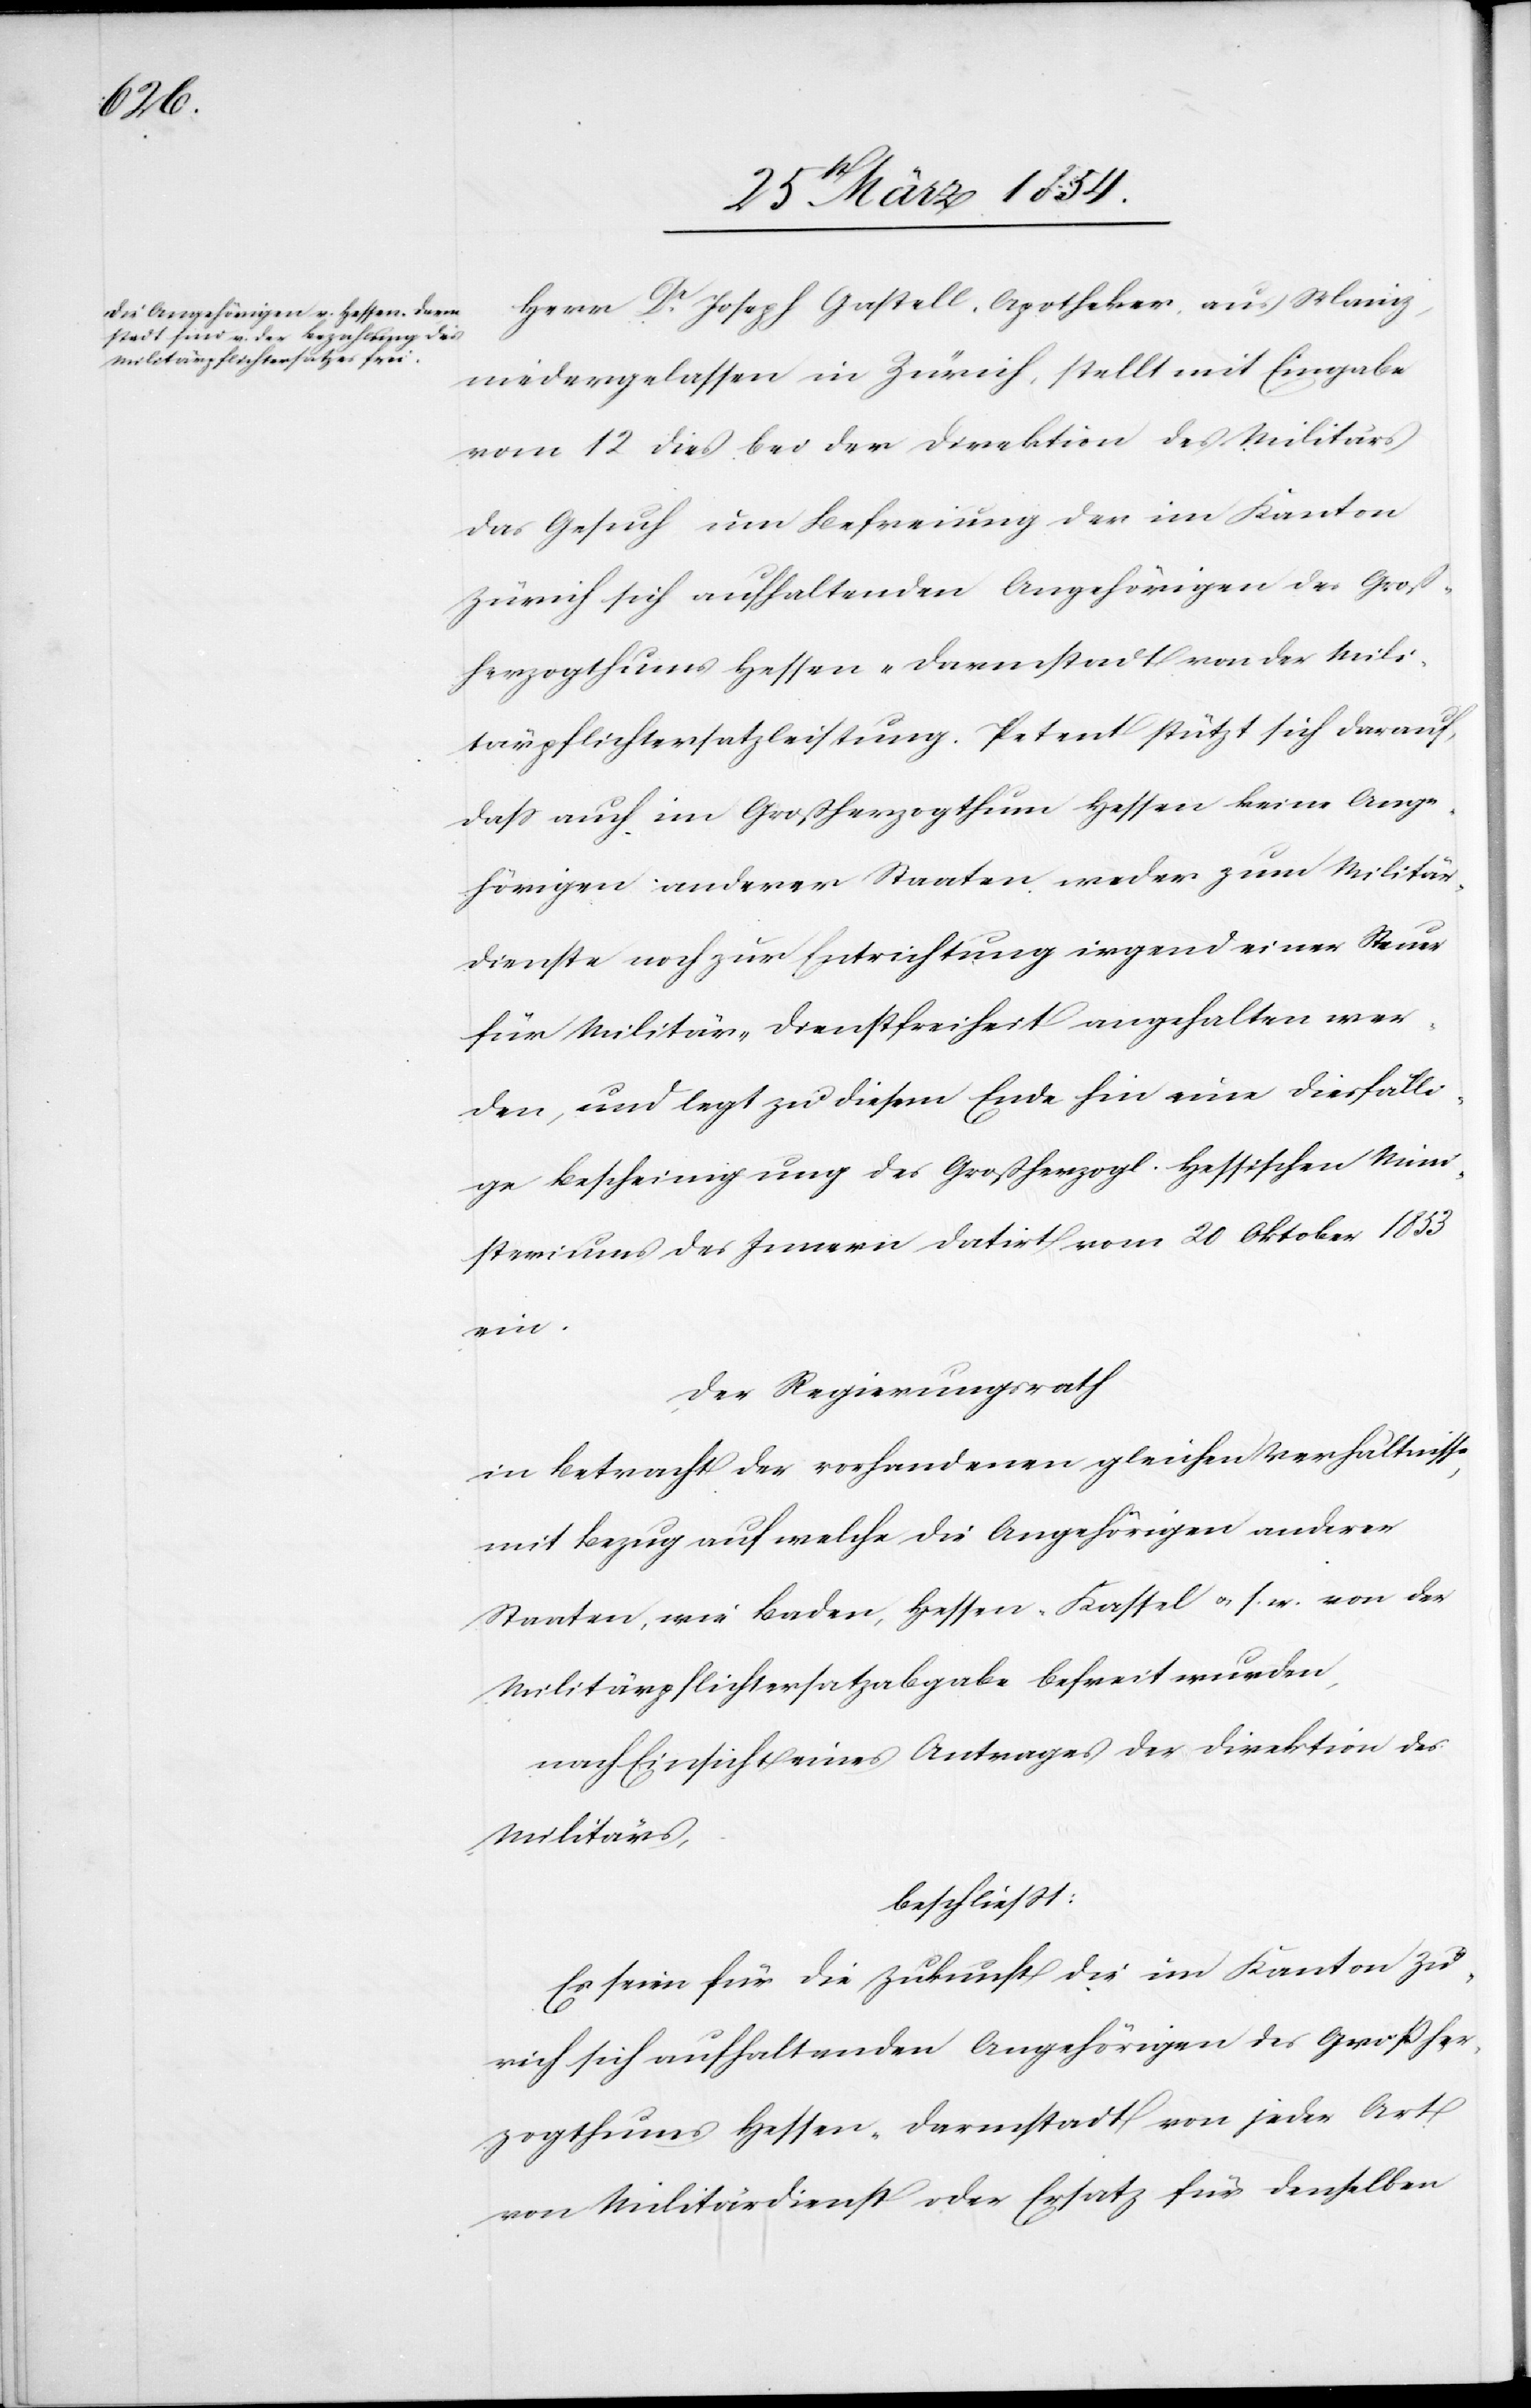
Herr Dr Joseph Gastell, Apotheker aus Manz,
niedergelassen in Zürich, stellt mit Eingabe
vom 12 dieß bei der Direktion des Militärs
das Gesuch um Befreiung der im Kanton
Zürich sich aufhaltenden Angehörigen des Groß¬
herzogthums Hessen-Darmstadt von der Mili¬
tärpflichtersatzleistung. Petent stützt sich darauf,
daß auch im Großherzogthum Hessen keine Ange¬
hörigen anderer Staaten weder zum Militär¬
dienste noch zur Entrichtung irgend einer Steuer
für Militär-Dienstfreiheit angehalten wer¬
den, und legt zu diesem Ende hin eine diesfälli¬
ge Bescheinigung des Großherzogl. Hessischen Mini¬
steriums des Innern datirt vom 20 Oktober 1853
ein.
Der Regierungsrath
in Betracht der vorhandenen gleichen Verhältnisse,
mit Bezug auf welche die Angehörigen anderer
Staaten, wie Baden, Hessen-Kassel u. s. w. von der
Militärpflichtersatzabgabe befreit wurden,
nach Einsicht eines Antrages der Direktion des
Militärs,
beschließt:
Es seien für die Zukunft die im Kanton Zü¬
rich sich aufhaltenden Angehörigen des Großher¬
zogthums Hessen-Darmstadt von jeder Art
von Militärdienst oder Ersatz für denselben